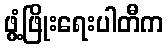
ဖွံ့ဖြိုးရေးပါတီက